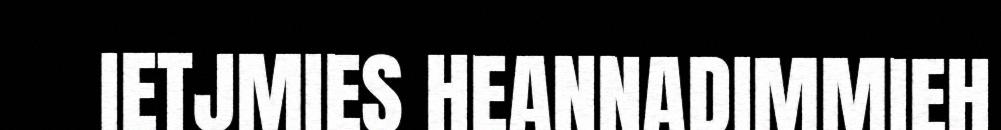
IETJMIES HEANNADIMMIEH